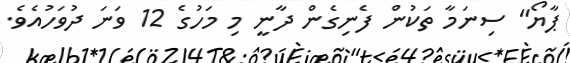
ޕާޔޯ" ސިނަމާ ތަކުން ފެނިގެން ދާނީ މި މަހުގެ 12 ވަނަ ދުވަހުއެވެ.